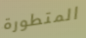
المتطورة